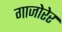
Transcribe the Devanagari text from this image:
गाजोरेर